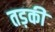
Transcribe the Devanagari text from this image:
तड़की